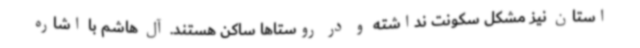
استان نیز مشکل سکونت نداشته و در روستاها ساکن هستند. آل هاشم با اشاره